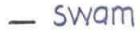
- swam